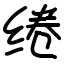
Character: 绻